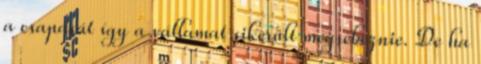
a csapását így a vállamat sikerült megsebeznie. De ha